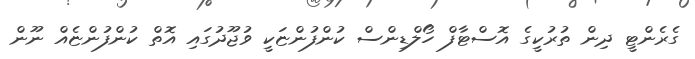
ގެރެންޓީ ދިން ތުރުކީގެ އޮސްޓާފް ހޯލްޑިންސް ކުންފުންޏަކީ ވުޖޫދުގައި އޮތް ކުންފުންޏެއް ނޫން